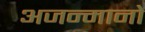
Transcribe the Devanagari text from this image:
अजन्मानो